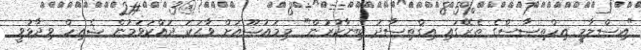
"އިސްލާމީ އިހްތިޞާސްގެ ތެރޭގައި އިޤްތިސާދު ބިނާކުރުން'" މިމައުޟޫއަށް ވާޙަކަ ދައްކަވަމުން ޝެއިހް ވިދާޅުވީ